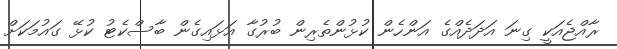
ރާއްޖެއަކީ ގިނަ އަދަދެއްގެ އަންހެން ކުޅުންތެރިން ބުރުގާ އަޅައިގެން ބާސްކެޓު ކުޅޭ ގައުމަކަށް